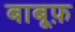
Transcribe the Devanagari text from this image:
बाबूफ़